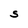
Character: S